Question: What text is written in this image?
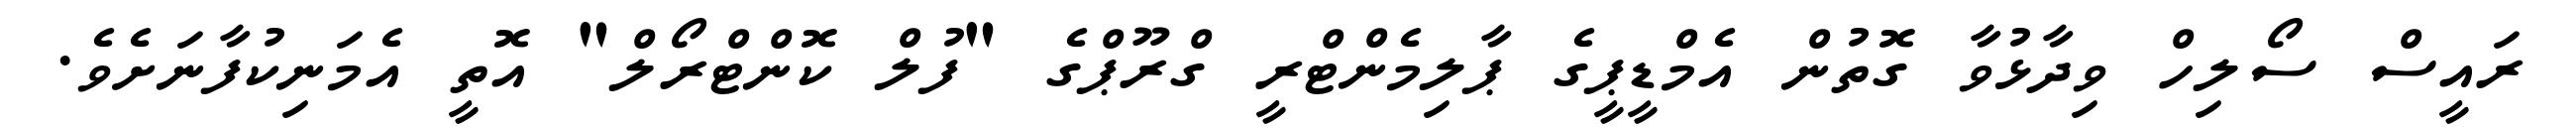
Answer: ރައީސް ސޯލިހް ވިދާޅުވާ ގޮތުން އެމްޑީޕީގެ ޕާލިމެންޓްރީ ގްރޫޕްގެ "ފުލް ކޮންޓްރޯލް" އޮތީ އެމަނިކުފާނަށެވެ.